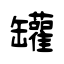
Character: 罐